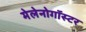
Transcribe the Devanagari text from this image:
मेलेनोगॉस्टर